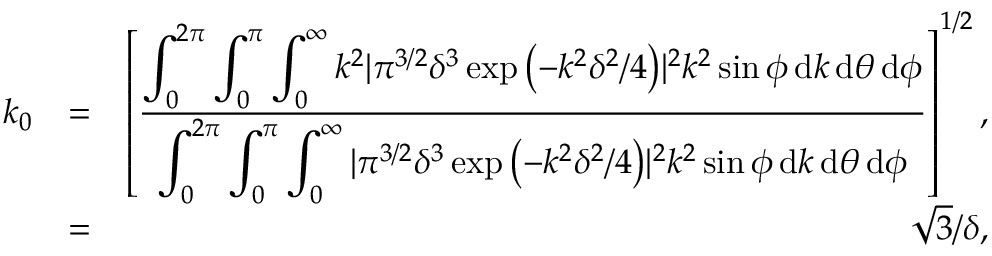
\begin{array} { r l r } { k _ { 0 } } & { = } & { \left[ \frac { \displaystyle \int _ { 0 } ^ { 2 \pi } \displaystyle \int _ { 0 } ^ { \pi } \displaystyle \int _ { 0 } ^ { \infty } k ^ { 2 } | \pi ^ { 3 / 2 } \delta ^ { 3 } \exp { \left( - k ^ { 2 } \delta ^ { 2 } / 4 \right) } | ^ { 2 } k ^ { 2 } \sin \phi \, \mathrm { d } k \, \mathrm { d } \theta \, \mathrm { d } \phi } { \displaystyle \int _ { 0 } ^ { 2 \pi } \displaystyle \int _ { 0 } ^ { \pi } \displaystyle \int _ { 0 } ^ { \infty } | \pi ^ { 3 / 2 } \delta ^ { 3 } \exp { \left( - k ^ { 2 } \delta ^ { 2 } / 4 \right) } | ^ { 2 } k ^ { 2 } \sin \phi \, \mathrm { d } k \, \mathrm { d } \theta \, \mathrm { d } \phi } \right] ^ { 1 / 2 } , } \\ & { = } & { \sqrt { 3 } / \delta , } \end{array}